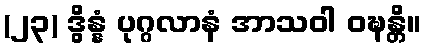
(၂၃) ဒွိန္နံ ပုဂ္ဂလာနံ အာသဝါ ဝဍ္ဎန္တိ။